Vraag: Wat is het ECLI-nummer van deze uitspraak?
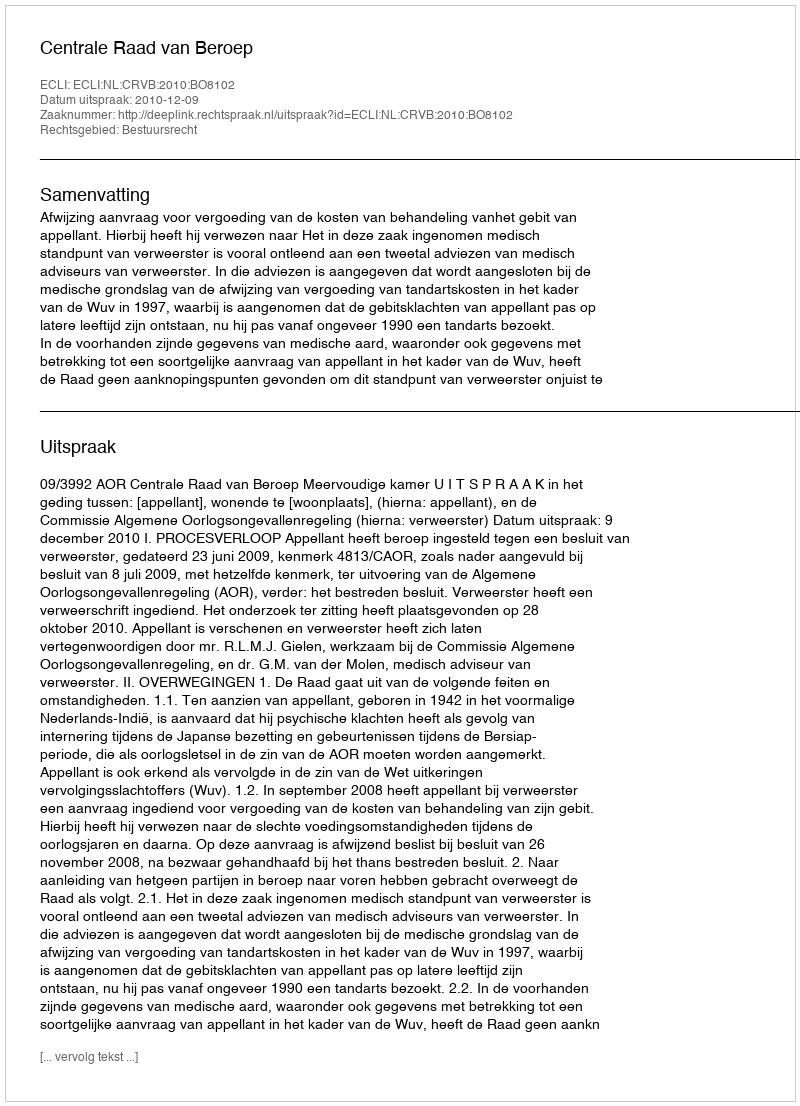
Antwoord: ECLI:NL:CRVB:2010:BO8102